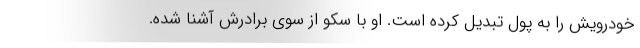
خودرویش را به پول تبدیل کرده است. او با سکو از سوی برادرش آشنا شده.